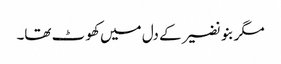
مگر بنو نضیر کے دل میں کھو ٹ تھا۔